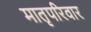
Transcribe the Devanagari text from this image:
मातृपरिवार